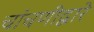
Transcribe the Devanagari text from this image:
चांचणीद्वारे